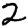
Digit: 2